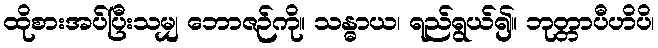
ထိုစားအပ်ပြီးသမျှ ဘောဇဉ်ကို။ သန္ဓာယ၊ ရည်ရွယ်၍။ ဘုတ္တာပီဟိပိ၊